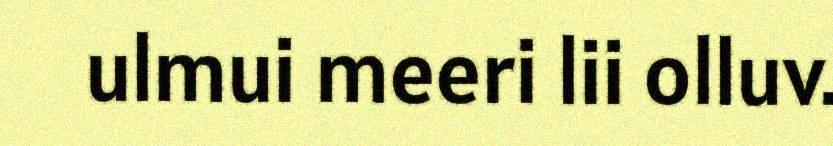
ulmui meeri lii olluv.